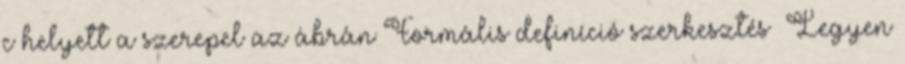
c helyett a szerepel az ábrán Formális definíció szerkesztés Legyen